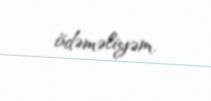
ödəməliyəm.